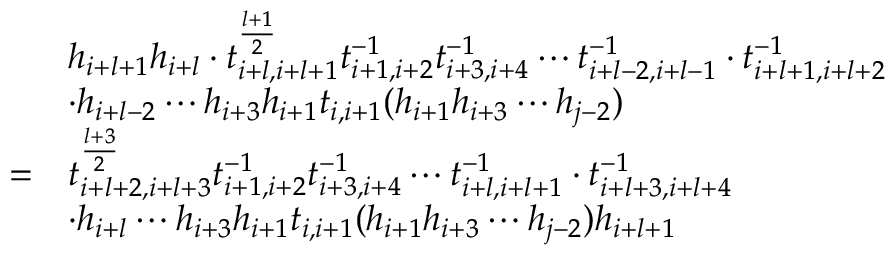
\begin{array} { r l } & { h _ { i + l + 1 } h _ { i + l } \cdot t _ { i + l , i + l + 1 } ^ { \frac { l + 1 } { 2 } } t _ { i + 1 , i + 2 } ^ { - 1 } t _ { i + 3 , i + 4 } ^ { - 1 } \cdots t _ { i + l - 2 , i + l - 1 } ^ { - 1 } \cdot t _ { i + l + 1 , i + l + 2 } ^ { - 1 } } \\ & { \cdot h _ { i + l - 2 } \cdots h _ { i + 3 } h _ { i + 1 } t _ { i , i + 1 } ( h _ { i + 1 } h _ { i + 3 } \cdots h _ { j - 2 } ) } \\ { = } & { t _ { i + l + 2 , i + l + 3 } ^ { \frac { l + 3 } { 2 } } t _ { i + 1 , i + 2 } ^ { - 1 } t _ { i + 3 , i + 4 } ^ { - 1 } \cdots t _ { i + l , i + l + 1 } ^ { - 1 } \cdot t _ { i + l + 3 , i + l + 4 } ^ { - 1 } } \\ & { \cdot h _ { i + l } \cdots h _ { i + 3 } h _ { i + 1 } t _ { i , i + 1 } ( h _ { i + 1 } h _ { i + 3 } \cdots h _ { j - 2 } ) h _ { i + l + 1 } } \end{array}